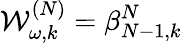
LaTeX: {\cal W}_{\omega,k}^{(N)}=\beta_{N-1,k}^{N}